Lunatic asylums in Bengal annual reports 1899-1911 - 1899-1911
Year: 1899
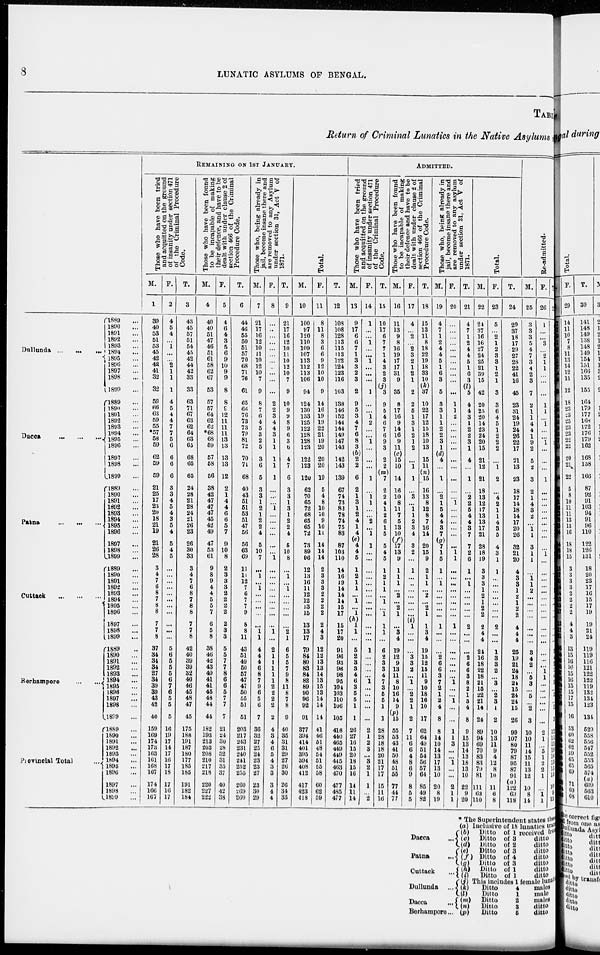
8
LUNATIC ASYLUMS OF BENGAL.
TABL
Return of Criminal Lunatics in the Native Asylums
Dullunda ...
...
...
Dacca ... ... ...
Patna ... ... ...
Cuttack
...
...
...
Berhampore ... ...
Provincial Total
...
1889 ...
1890 ...
1891 ...
1892 ...
1893 ...
1894 ...
1895 ...
1896 ...
1897 ...
1898 ...
1899 ...
1889 ...
1890 ...
1891 ...
1892 ...
1893 ...
1894 ...
1895 ...
1896 ...
1897 ...
1898 ...
1899 ...
1889 ...
1890 ...
1891 ...
1892 ...
1893 ...
1894 ...
1895 ...
1896 ...
1897 ...
1898 ...
1899 ...
1889 ...
1890 ...
1891 ...
1892 ...
1893 ...
1894 ...
1895 ...
1896 ...
1897 ...
1898 ...
1899 ...
1889 ...
1890 ...
1891 ...
1892 ...
1893 ...
1894 ...
1895 ...
1896 ...
1897 ...
1898 ...
1899 ...
1889 ...
1890 ...
1891 ...
1892 ...
1893 ...
1894 ...
1895 ...
1896 ...
1897 ...
1898 ...
1899 ...
REMAINING ON 1ST JANUARY.
Those who have been tried
and acquitted on the ground
of insanity under section 471
of the Criminal Procedure
Code.
M.
1
39
40
53
51
53
45
42
42
41
32
32
59
66
63
59
55
*57
58
59
62
59
59
21
25
17
23
20
18
21
19
21
26
28
3
4
7
6
8
7
8
8
7
7
8
37
34
34
34
27
34
39
39
43
42
40
159
169
174
173 163
161
168
167
174
166
167
F.
2
4
5
4
...
1
...
...
2 1
1
1
4
5
4
4
7
7
5
6
6
6
6
3
3
4
5
4
3
5
4
5
4
5
...
...
...
...
...
...
...
...
...
...
...
5
6
5
5
5
6
7
6
5
5
5
16
19
17
14
17
16
17
18
17
16
17
T.
3
43
45
57
51
54
45
42
44
42
33
33
63
71
67
63
62
64
63
65
68
65
65
24
28
21
28
24
21
26
23
26
30
33
3
4
7
6
8
7
8
8
7
7
8
42
40
39
39
32
40
46
45
48
47
45
175
188
191
187
180
177
185
185
191
182
184
Those who have been found
to be incapable of making
their defence, and have to be
dealt with under clause 2 of
section 466 of the Criminal
Procedure Code.
M.
4
40
40
51
47
46
51
61
58
62
67
53
57
57
64
62
62
*68
68
59
57
58
56
38
42
47
47
47
45
42
49
47
53
61
9
8
9
4
4
5
5
7
6
5
8
38
46
42
43
49
41
41
45
48
44
44
182
193
213
203
208
210
217
218
220
227
222
F.
5
4
6
4
3
5
6
9
10
9
9
8
8
9
12
11
11
11
13
13
13
13
12
2
1
4
4
6
6
5
7
9
10
8
2
3
3
3
2
2
2
2
2
3
3
5
5
7
7
8
6
6
5
7
7
7
21
24
30
28
32
31
35
37
40
42
38
T.
6
44
46
55
50
51
57
70
68
71
76
61
65
66
76
73
73
79
81
72
70
71
68
40
43
51
51
53
51
47
56
56
63
69
11
11
12
7
6
7
7
9
8
8
11
43
51
49
50
57
47
47
50
55
51
51
203
217
243
231
240
241
252
255
260
269
260
Those who, being already in
jail, become insane there and
are removed to any Asylum
under section 31, Act V of
1871.
M.
7
21
17
16
12
10
11
10
12
10
7
9
8
7
6
4
5
3
2
5
3
6
5
3
3
1
2
1
2
2
4
5
10
7
...
1
...
1
...
...
...
...
...
1
1
4
4
4
6
8
7
9
6
5
6
7
36
32
27
25
24
23
23
27
23
30
29
F.
8
...
...
...
...
...
...
...
...
...
...
...
2
2
3
4
4
3
1
1
1
1
1
...
...
...
1
...
...
...
...
...
...
1
...
...
...
...
...
...
...
...
...
1
...
2
1
1
1
1
1
2
2
2
2
2
4
3
4
6
5
4
3
3
3
4
4
T.
9
21
17
16
12
10
11
10
12
10
7
9
10
9
9
8
9
6
3
6
4
7
6
3
3
1
3
1
2
2
4
6
10
8
...
1
...
1
...
...
...
...
...
2
1
6
5
5
7
9
8
11
8
7
8
9
40
35
31
31
29
27
26
30
26
34
33
Total.
M.
10
100
97
120
110
109
107
113
112
113
106
94
124
130
133
125
122
128
128
123
122
123
120
62
70
65
72
68
65
65
72
73
89
96
12
13
16
11
12
12
13
15
13
13
17
79
84
80
83
84
82
89
90
96
92
91
377
394
414
401
395
394
408
412
417
423
418
F.
11
8
11
8
3
6
6
9
12
10
10
9
14
16
19
19
22
21
19
20
20
20
19
5
4
8
10
10
9
10
11
14
14
14
2
3
3
3
2
2
2
2
2
4
3
12
12
13
13
14
13
15
13
14
14
14
41
46
51
48
54
51
55
58
60
62
59
T.
12
108
108
128
113
115
113
122
124
123
116
103
138
146
152
144
144
149
147
143
142
143
139
67
74
73
82
78
74
75
83
87
103
110
14
16
19
14
14
14
15
17
15
17
20
91
96
93
96
98
95
104
103
110
106
105
418
440
465
449
449
445
463
470
477
485
477
ADMITTED.
Those who have been tried
and acquitted on the ground
of insanity under section 471
of the Criminal Procedure
Code.
M.
13
9
17
6
6
7
1
3
3
2
3
2
9
5
3
4
7
6
8
3
(b)
2
2
6
2
1
3
1
2
4
1
4
(e)
4
4
5
1
2
1
1
...
1
...
1
(h)
1
1
...
5
2
3
3
4
6
3
5
5
1
1
26
27
16
15
20
18
15
16
14
11
14
F.
14
1
...
...
1
...
...
1
...
...
...
1
...
...
1
2
...
...
1
...
...
...
1
...
1 1
...
...
2
...
1
1
...
...
...
...
...
...
...
...
...
...
...
...
...
1
...
...
...
...
1
...
...
...
...
...
2
1
2
3
...
3
2
1
1
...
2
T.
15
10
17
6
7
7
1
4
3
2
3
(j) 3
9
5
4
6
7
6
9
3
2
2
(m)
7
2
2
4
1
2
6
1
5
5
4
5
1
2
1
1
...
1
...
1
1
1
...
6
2
3
3
4
7
3
5
5
1
1
28
28
18
18
20
21
17
17
15
11
16
Those who have been found
to be incapable of making
their defence and have to be
dealt with under clause 2 of
section 466 of the Criminal
Procedure Code.
M.
16
11
13
9
8
16
19
17
17
31
9
35
8
17
16
9
14
16
9
11
(c)
15
10
14
16
10
8
11
7
5
13
10
(f)
17
13
9
1
1
1
...
2
...
2
1
...
3
4
19
12
9
13
11
8
10
16
14
9
(p)
15
55
53
43
41
50
48
51
55
77
44
77
F.
17
4
...
2
...
2
3
2
1
2
1
2
2
5
1
3
1
2
1
2
...
1
1
...
3
...
1
1
2
3
4
3
2
...
1
...
...
...
...
...
...
... (i) 1
...
...
...
3
3
2
...
1
...
2
2
1
2
7
11
6
6
4
8
6
9
8
5
5
T.
18
15
13
11
8
18
22
19
18
33
10
(k)
37
10
22
17
12
15
18
10
13
15
11
(n)
15
16
13
8
12
8
7
16
14
20
15
9
2
1
1
...
2
...
2
1
1
3
4
19
15
12
15
11
9
10
18
16
10
17
62
64
49
51
54
56
57
64
85
49
82
Those who, being already in
jail, become insane there and
are removed to any asylum
under section 31, Act V of
1871.
M.
19
4
7
1
2
4
4
5
1
6
3
5
3
3
1
1
2
2
3
1
(d)
4
...
1
...
2
1
5
4
4
3
7
(g)
7
1
5
1
...
1
...
...
...
...
...
1
...
...
...
2
6
6
3
7
2
1
2
4
8
8
14
10
14
13
17
13
10
20
8
19
F.
20
...
...
...
...
...
...
...
...
...
...
...
1
1
2
...
...
...
...
...
...
...
...
...
...
1
...
...
...
...
...
...
1
1
...
...
...
...
...
...
...
...
1
...
...
...
...
...
...
...
1
...
...
1
...
...
1
1
3
...
...
1
...
...
2
1
1
T.
21
4
7
1
2
4
4
5
1
6
3
(l)
5
4
4
3
1
2
2
3
1
4
...
1
...
2
2
5
4
4
3
7
7
2
6
1
...
1
...
...
...
...
...
2
...
...
...
2
6
6
3
8
2
1
3
4
8
9
15
13
14
13
18
13
10
22
9
20
Total.
M.
22
24
37
16
16
27
24
25
21
39
15
42
20
25
20
14
23
24
20
15
21
12
21
18
13
12
17
13
13
17
21
28
18
19
3
3
3
1
2
1
2
2
2
4
4
24
16
18
22
18
21
15
22
21
14
24
89
94
69
70
83
83
79
81
111
63
110
F.
23
5
...
2
1
2
3
3
1
2
1
3
3
6
4
5
1
2
2
2
...
1
2
...
4
2
1
1
4
3
5
4
3
1
1
...
...
...
...
...
...
...
2
...
...
1
3
3
2
...
3
...
2
3
1
2
10
13
11
9
4
12
8
10
11
6
8
T.
24
29
37
18
17
29
27
28
22
41
16
45
23
31
24
19
24
26
22
17
21
13
23
18
17
14
18
14
17
20
26
32
21
20
4
3
3
1
2
1
2
2
4
4
4
25
19
21
24
18
24
15
24
24
15
26
99
107
80
79
87
95
87
91
(a)
122
69
118
Re-admitted.
M.
25
3
3
3
5
4
7
3
4
2
3
7
2
1
1
4
4
1
9
2
5
2
3
2
1
4
3
2
...
1 1
3
1
1
...
1 1
2
...
...
...
...
...
...
...
3
4
2
...
5
3
...
5
...
2
3
10
10
11
14
15
11
13
12
10
8
14
F.
26
1
...
...
3
...
2
1
1
...
...
...
1
1
...
1
...
...
1
...
...
...
1
...
...
...
...
...
...
...
...
...
1
...
...
...
...
...
...
...
...
...
...
...
...
...
...
...
1 1
...
...
...
...
...
...
2
1
...
5
1
2
2
1
...
1 1
T.
27
4
3
3
8
4
9
4
5
2
3
7
3
2
1
5
4
1
10
2
5
2
4
2
1
4
3
2
...
1
1
3
2
1
...
1
1
2
...
...
...
...
...
...
...
3
4
2
1
6
3
...
5
...
2
3
12
11
11
19
16
13
15
13
10
9
15
* The Superintendent states thes
Dacca ...
Patna ...
Cuttack ...
Dullunda ...
Dacca ...
Berhampore...
(a) Inclusive of 18 lunatics tra
(b)
(c)
(d)
(e)
(f)
(g)
(h)
(i) (j)
(k)
(l)
(m)
(n)
(p)
Ditto
of 1 received from
Ditto
of 3
ditto
Ditto of 2
ditto
Ditto
of 3
ditto
Ditto
of 4
ditto
Ditto
of 3
ditto
Ditto of 1
ditto
Ditto of 1
ditto
This includes 1 female lunatics
Ditto
4
males
Ditto
1
male
Ditto
2
males
Ditto
3
ditto
Ditto
5
ditto